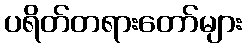
ပရိတ်တရားတော်များ